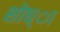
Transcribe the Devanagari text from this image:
शोध्ा